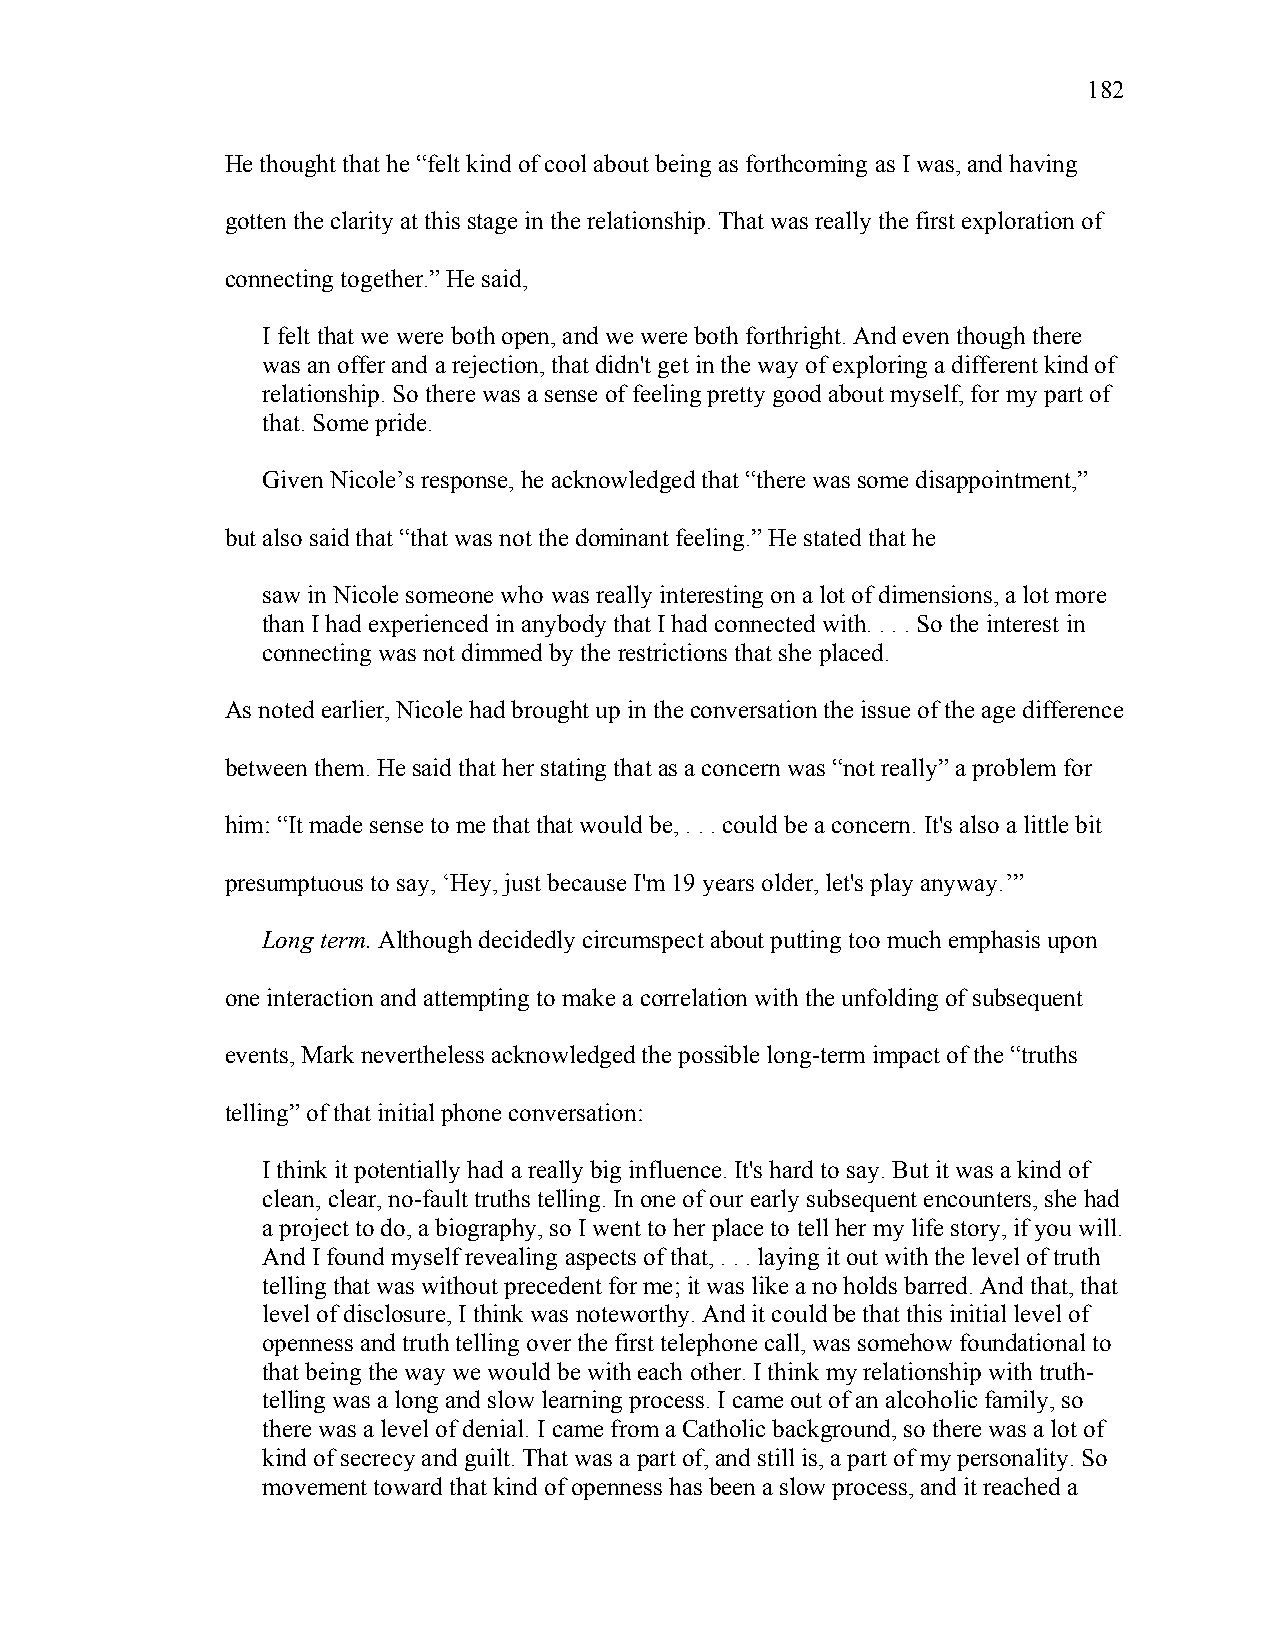
182
 He thought that he “felt kind of cool about being as forthcoming as I was, and having
 gotten the clarity at this stage in the relationship. That was really the first exploration of
 connecting together.” He said,
 I felt that we were both open, and we were both forthright. And even though there
 was an offer and a rejection, that didn't get in the way of exploring a different kind of
 relationship. So there was a sense of feeling pretty good about myself, for my part of
 that. Some pride.
 Given Nicole’s response, he acknowledged that “there was some disappointment,”
 but also said that “that was not the dominant feeling.” He stated that he
 saw in Nicole someone who was really interesting on a lot of dimensions, a lot more
 than I had experienced in anybody that I had connected with. . . . So the interest in
 connecting was not dimmed by the restrictions that she placed.
 As noted earlier, Nicole had brought up in the conversation the issue of the age difference
 between them. He said that her stating that as a concern was “not really” a problem for
 him: “It made sense to me that that would be, . . . could be a concern. It's also a little bit
 presumptuous to say, ‘Hey, just because I'm 19 years older, let's play anyway.’”
 Long term. Although decidedly circumspect about putting too much emphasis upon
 one interaction and attempting to make a correlation with the unfolding of subsequent
 events, Mark nevertheless acknowledged the possible long-term impact of the “truths
 telling” of that initial phone conversation:
 I think it potentially had a really big influence. It's hard to say. But it was a kind of
 clean, clear, no-fault truths telling. In one of our early subsequent encounters, she had
 a project to do, a biography, so I went to her place to tell her my life story, if you will.
 And I found myself revealing aspects of that, . . . laying it out with the level of truth
 telling that was without precedent for me; it was like a no holds barred. And that, that
 level of disclosure, I think was noteworthy. And it could be that this initial level of
 openness and truth telling over the first telephone call, was somehow foundational to
 that being the way we would be with each other. I think my relationship with truth-
 telling was a long and slow learning process. I came out of an alcoholic family, so
 there was a level of denial. I came from a Catholic background, so there was a lot of
 kind of secrecy and guilt. That was a part of, and still is, a part of my personality. So
 movement toward that kind of openness has been a slow process, and it reached a